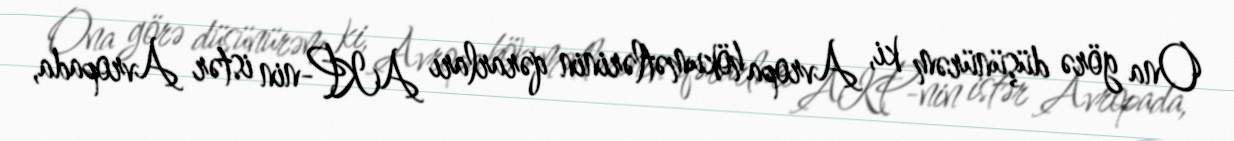
Ona görə düşünürəm ki, Avropa hökumətlərinin qərarları AKP-nin istər Avropada,